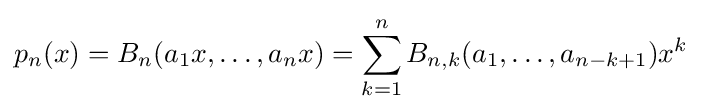
p_{n}(x)=B_{n}(a_{1}x,\ldots ,a_{n}x)=\sum _{k=1}^{n}B_{n,k}(a_{1},\dots ,a_{n-k+1})x^{k}